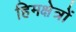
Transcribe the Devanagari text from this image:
हिमक्षेत्रों